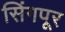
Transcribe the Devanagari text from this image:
सिंगपूर